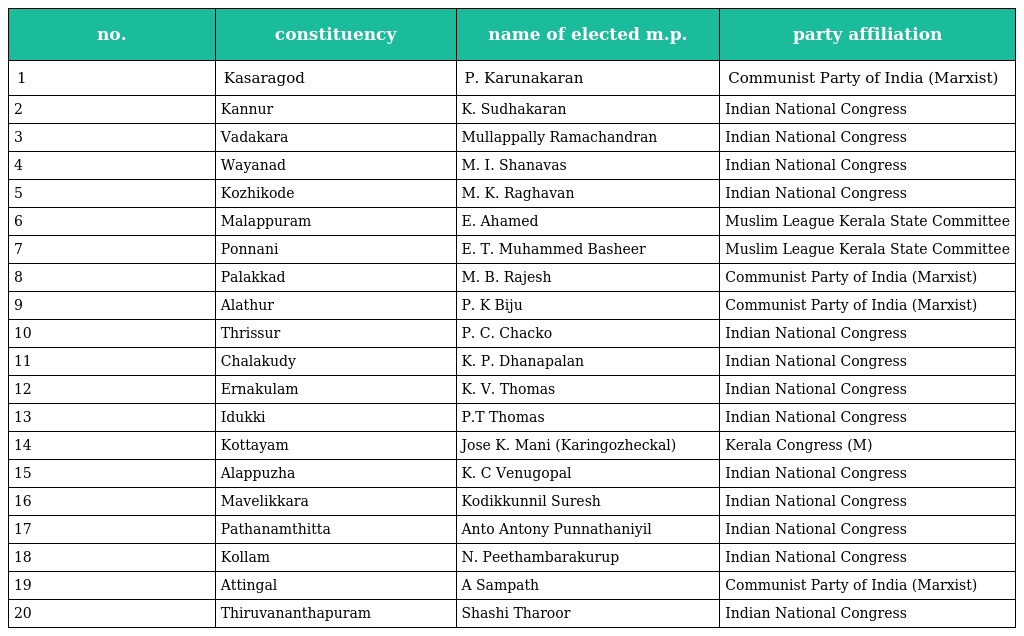
| no. | constituency | name of elected m.p. | party affiliation |
 | --- | --- | --- | --- |
 | 1 | Kasaragod | P. Karunakaran | Communist Party of India (Marxist) |
 | 2 | Kannur | K. Sudhakaran | Indian National Congress |
 | 3 | Vadakara | Mullappally Ramachandran | Indian National Congress |
 | 4 | Wayanad | M. I. Shanavas | Indian National Congress |
 | 5 | Kozhikode | M. K. Raghavan | Indian National Congress |
 | 6 | Malappuram | E. Ahamed | Muslim League Kerala State Committee |
 | 7 | Ponnani | E. T. Muhammed Basheer | Muslim League Kerala State Committee |
 | 8 | Palakkad | M. B. Rajesh | Communist Party of India (Marxist) |
 | 9 | Alathur | P. K Biju | Communist Party of India (Marxist) |
 | 10 | Thrissur | P. C. Chacko | Indian National Congress |
 | 11 | Chalakudy | K. P. Dhanapalan | Indian National Congress |
 | 12 | Ernakulam | K. V. Thomas | Indian National Congress |
 | 13 | Idukki | P.T Thomas | Indian National Congress |
 | 14 | Kottayam | Jose K. Mani (Karingozheckal) | Kerala Congress (M) |
 | 15 | Alappuzha | K. C Venugopal | Indian National Congress |
 | 16 | Mavelikkara | Kodikkunnil Suresh | Indian National Congress |
 | 17 | Pathanamthitta | Anto Antony Punnathaniyil | Indian National Congress |
 | 18 | Kollam | N. Peethambarakurup | Indian National Congress |
 | 19 | Attingal | A Sampath | Communist Party of India (Marxist) |
 | 20 | Thiruvananthapuram | Shashi Tharoor | Indian National Congress |